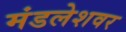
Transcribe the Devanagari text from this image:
मंडलेशवर